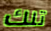
تلك